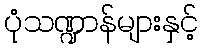
ပုံသဏ္ဍာန်များနှင့်